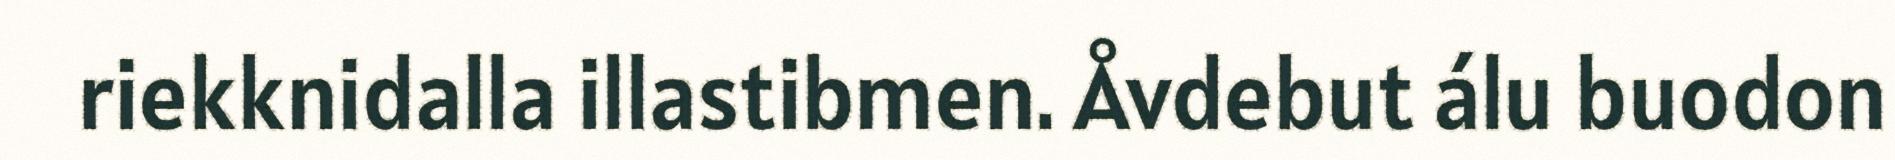
riekknidalla illastibmen. Åvdebut álu buodon